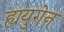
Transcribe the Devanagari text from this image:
ह्ययुगेन